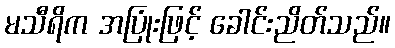
မသီရိက အပြုံးဖြင့် ခေါင်းညိတ်သည်။